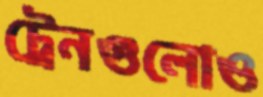
ট্রেনগুলোও